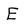
Character: E